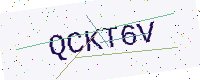
Text: QCKT6V